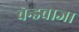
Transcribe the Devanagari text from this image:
बेन्डबाजा